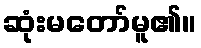
ဆုံးမတော်မူ၏။